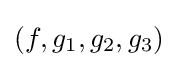
(f,g_{1},g_{2},g_{3})